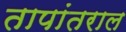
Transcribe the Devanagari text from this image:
तापांतराल